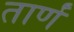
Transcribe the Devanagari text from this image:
तार्णं